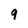
Character: g